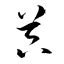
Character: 噐